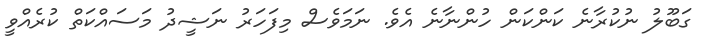
ގަބޫލު ނުކުރާނެ ކަންކަން ހުންނާނެ އެވެ. ނަމަވެސް މިފަހަރު ނަޝީދު މަަސައްކަތް ކުރެއްވީ